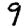
Digit: 9